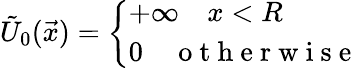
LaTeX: \begin{array}{r}{\tilde{U}_{0}(\vec{x})=\left\{ \begin{array}{ll}{+\infty\quad x<R}\\ {0\quad\mathrm{~o~t~h~e~r~w~i~s~e~}}\end{array}\right.}\end{array}